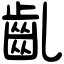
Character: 齓